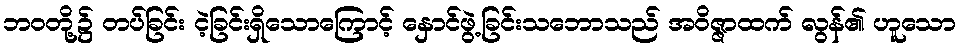
ဘဝတို့၌ တပ်ခြင်း ငဲ့ခြင်းရှိသောကြောင့် နှောင်ဖွဲ့ခြင်းသဘောသည် အဝိဇ္ဇာထက် လွန်၏ ဟူသော